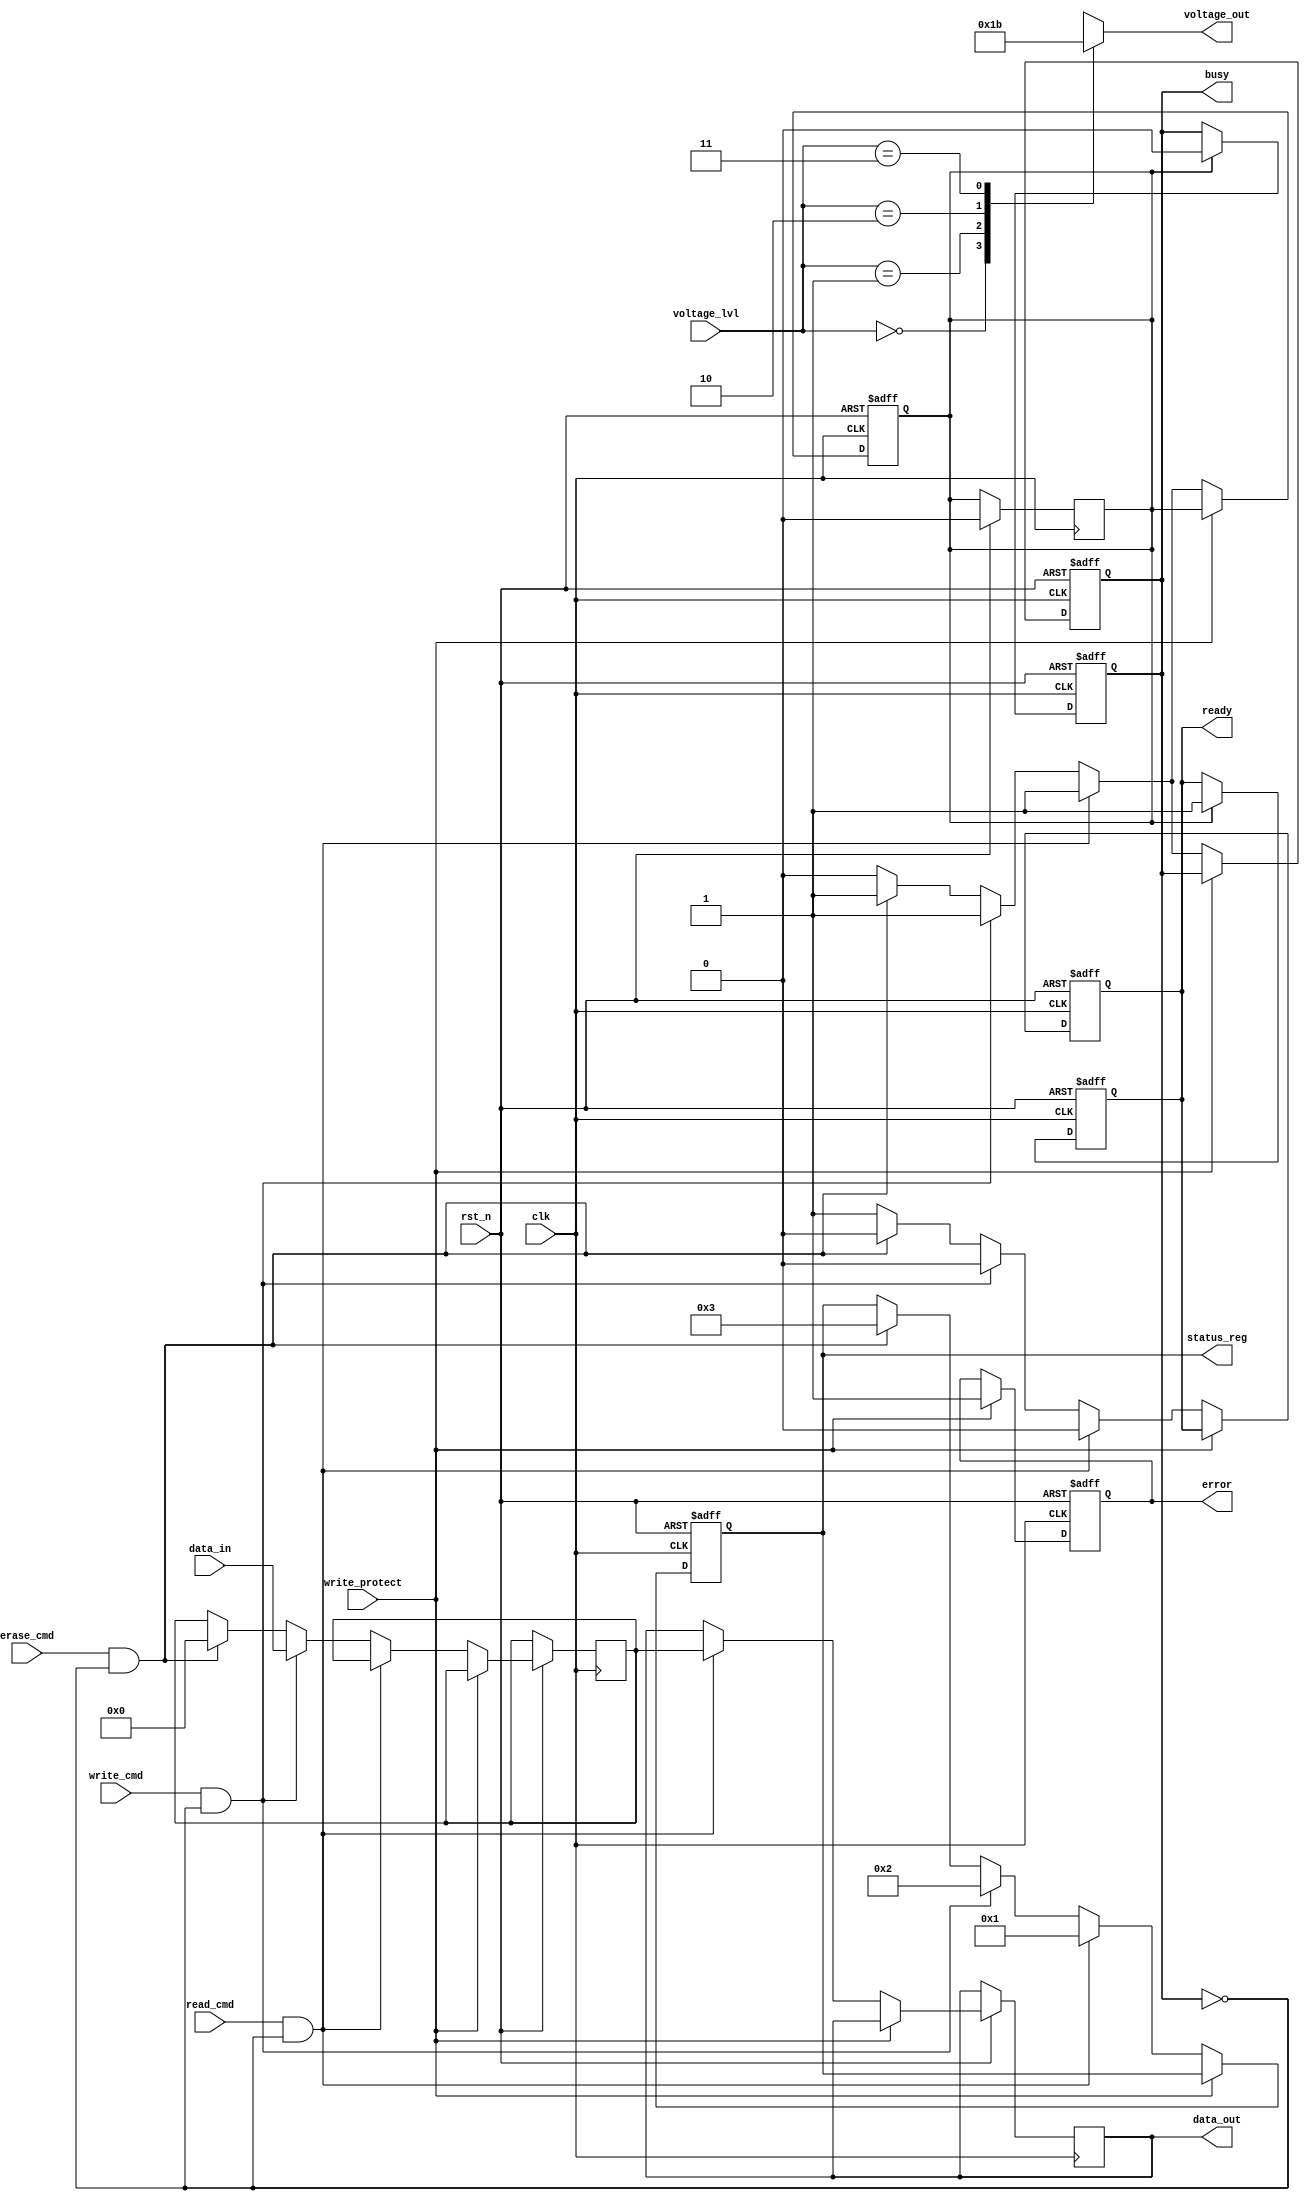
module nand_eeprom_io_block (
    input wire clk,                // System clock
    input wire rst_n,              // Active low reset
    input wire [7:0] data_in,      // Data input from external device
    output reg [7:0] data_out,     // Data output to external device
    input wire read_cmd,           // Read command signal
    input wire write_cmd,          // Write command signal
    input wire erase_cmd,          // Erase command signal
    output reg busy,               // Busy status signal
    output reg ready,              // Ready status signal
    output reg error,              // Error status signal
    input wire [1:0] voltage_lvl,   // Voltage level input (for level shifting)
    output reg [1:0] voltage_out,   // Voltage level output (for level shifting)
    input wire write_protect,      // Write protection pin
    output reg [3:0] status_reg    // Status register
);

// Internal signals
reg [7:0] internal_data;
reg command_active;

// Voltage level shifting logic
always @(*) begin
    case (voltage_lvl)
        2'b00: voltage_out = 2'b00; // Logic Level 0
        2'b01: voltage_out = 2'b01; // Logic Level 1
        2'b10: voltage_out = 2'b10; // Logic Level 2
        2'b11: voltage_out = 2'b11; // Logic Level 3
        default: voltage_out = 2'b00; // Default case
    endcase
end

// Command Decoder and Control Logic
always @(posedge clk or negedge rst_n) begin
    if (!rst_n) begin
        busy <= 0;
        ready <= 1;
        error <= 0;
        status_reg <= 4'b0000; // Reset status register
        command_active <= 0;
    end else begin
        if (write_protect) begin
            error <= 1; // Set error if write protection is active
        end else begin
            if (read_cmd && !busy) begin
                busy <= 1;
                ready <= 0;
                command_active <= 1;
                // Simulate read operation
                data_out <= internal_data; // Output data
                status_reg <= 4'b0001; // Read operation status
            end else if (write_cmd && !busy) begin
                busy <= 1;
                ready <= 0;
                command_active <= 1;
                // Simulate write operation
                internal_data <= data_in; // Capture input data
                status_reg <= 4'b0010; // Write operation status
            end else if (erase_cmd && !busy) begin
                busy <= 1;
                ready <= 0;
                command_active <= 1;
                // Simulate erase operation
                internal_data <= 8'b00000000; // Reset data
                status_reg <= 4'b0011; // Erase operation status
            end else begin
                busy <= 0;
                ready <= 1;
                command_active <= 0;
            end
        end
    end
end

// Update busy and ready signals based on command completion
always @(posedge clk or negedge rst_n) begin
    if (!rst_n) begin
        busy <= 0;
        ready <= 1;
    end else if (command_active) begin
        // Simulate operation delay
        #10; // Example delay for operation
        busy <= 0;
        ready <= 1;
        command_active <= 0;
    end
end

endmodule